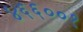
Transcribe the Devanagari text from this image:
४६६००१